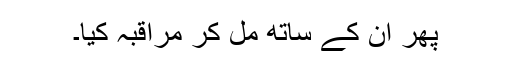
پھر ان کے ساتھ مل کر مراقبہ کیا۔